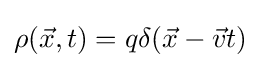
\rho ({\vec {x}},t)=q\delta ({\vec {x}}-{\vec {v}}t)